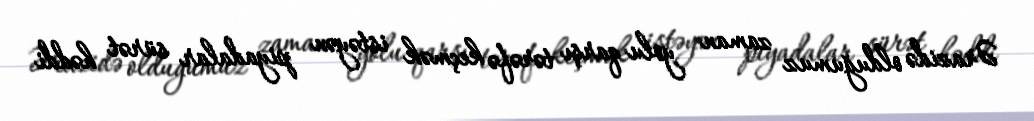
Ərazidə olduğumuz zaman yolu qarşı tərəfə keçmək istəyən piyadalar sürət həddi